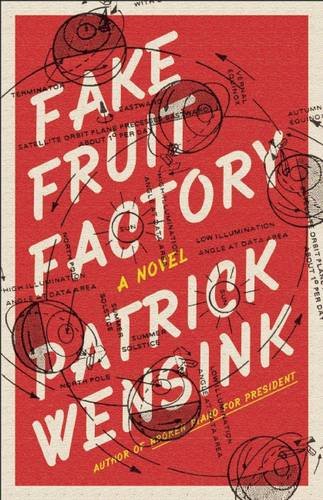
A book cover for Fake Fruit Factory; Patrick Wensink; Literature & Fiction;